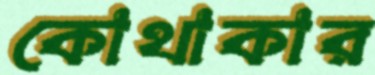
কোথাকার